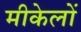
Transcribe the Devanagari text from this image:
मीकेलों